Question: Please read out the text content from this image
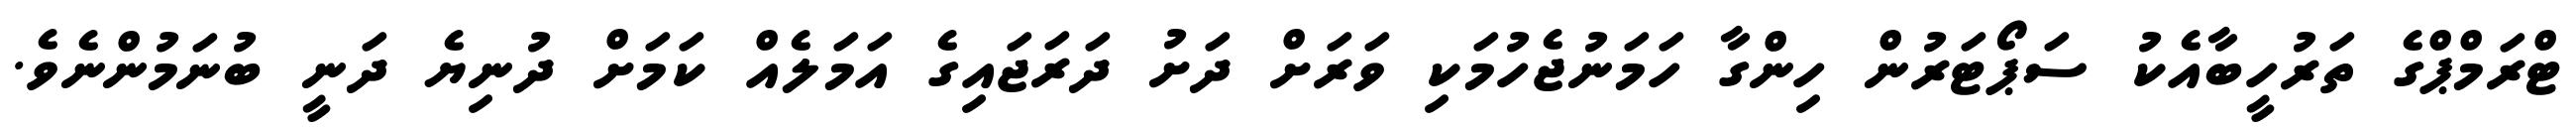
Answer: ޓްރަމްޕްގެ ތަރުހީބާއެކު ސަޕޯޓަރުން ހިންގާ ހަމަނުޖެހުމަކި ވަރަށް ދަށު ދަރަޖައިގެ އަމަލެއް ކަމަށް ދުނިޔެ ދަނީ ބުނަމުންނެވެ.